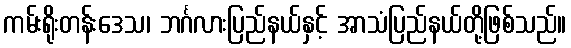
ကမ်းရိုးတန်းဒေသ၊ ဘင်္ဂလားပြည်နယ်နှင့် အာသံပြည်နယ်တို့ဖြစ်သည်။